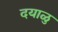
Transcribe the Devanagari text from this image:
दयाळु